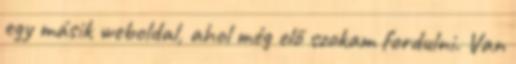
egy másik weboldal, ahol még elő szokam fordulni. Van